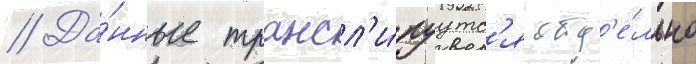
// Да́нные трансл'и́руутс'я отд'е́льно